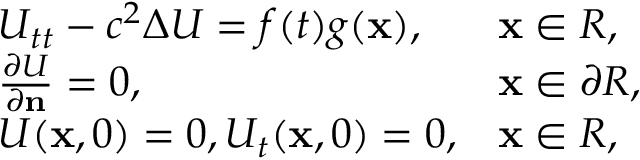
\begin{array} { r } { \begin{array} { l l } { U _ { t t } - c ^ { 2 } \Delta U = f ( t ) g ( \mathbf x ) , } & { \mathbf x \in R , } \\ { { \frac { \partial U } { \partial \mathbf n } } = 0 , } & { \mathbf x \in \partial R , } \\ { U ( \mathbf x , 0 ) = 0 , U _ { t } ( \mathbf x , 0 ) = 0 , } & { \mathbf x \in R , } \end{array} } \end{array}